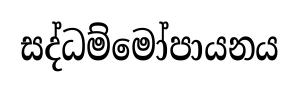
සද්ධම්මෝපායනය